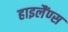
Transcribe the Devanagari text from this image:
हाइलैंण्स